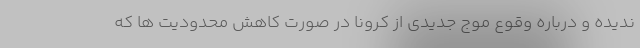
ندیده و درباره وقوع موج جدیدی از کرونا در صورت کاهش محدودیت ها که